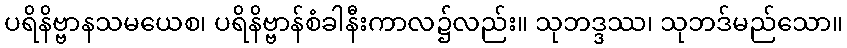
ပရိနိဗ္ဗာနသမယေစ၊ ပရိနိဗ္ဗာန်စံခါနီးကာလ၌လည်း။ သုဘဒ္ဒဿ၊ သုဘဒ်မည်သော။